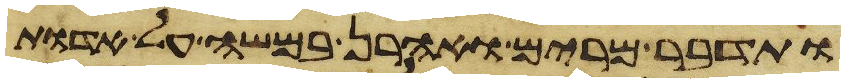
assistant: ותדבר מרים ואהרן במשה על אדות